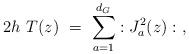
LaTeX: \begin{align*}2h\ T(z) \ = \ \sum^{d_G}_{a=1}:J^2_a(z):\ , \end{align*}